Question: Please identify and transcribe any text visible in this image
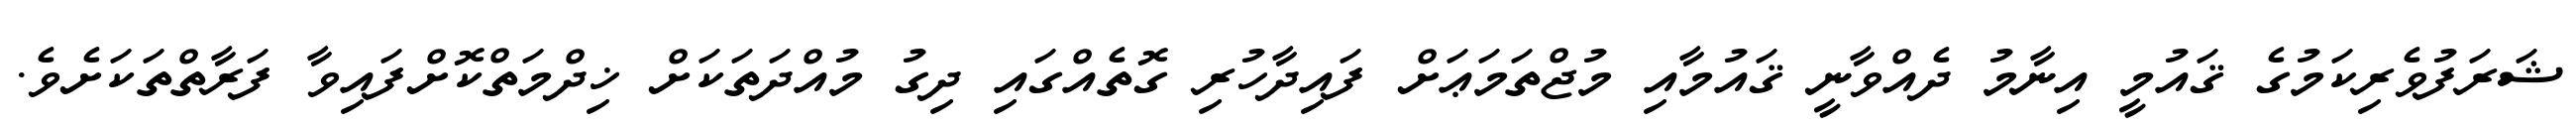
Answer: ޝަރަފުވެރިކަމުގެ ޤައުމީ އިނާމު ދެއްވާނީ ޤައުމާއި މުޖްތަމަޢަށް ފައިދާހުރި ގޮތެއްގައި ދިގު މުއްދަތަކަށް ޚިދްމަތްކޮށްފައިވާ ފަރާތްތަކަށެވެ.